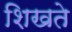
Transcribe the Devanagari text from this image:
शिखते